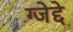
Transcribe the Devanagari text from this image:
ग्जेद्दे